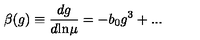
\beta ( g ) \equiv \frac { d g } { d \mathrm { l n } \mu } = - b _ { 0 } g ^ { 3 } + . . .